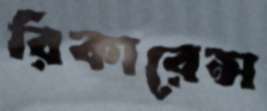
রিকারেন্স